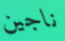
ناجين